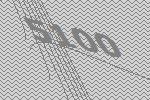
5100